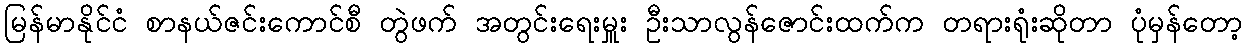
မြန်မာနိုင်ငံ စာနယ်ဇင်းကောင်စီ တွဲဖက် အတွင်းရေးမှူး ဦးသာလွန်ဇောင်းထက်က တရားရုံးဆိုတာ ပုံမှန်တော့